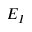
E _ { I }